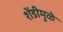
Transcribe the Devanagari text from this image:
शेंडीमुळे